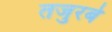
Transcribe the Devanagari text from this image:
तजुरबे